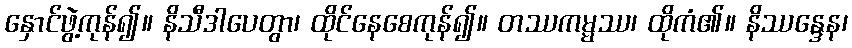
နှောင်ဖွဲ့ကုန်၍။ နိသီဒါပေတွာ၊ ထိုင်နေစေကုန်၍။ တဿကမ္မဿ၊ ထိုကံ၏။ နိဿန္ဒေန၊